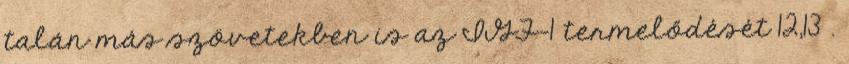
talán más szövetekben is az IGF-1 termelődését 12,13 .